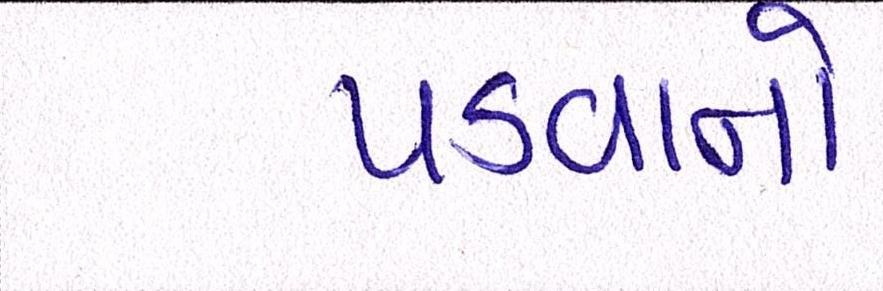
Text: પડવાનો